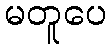
မတူပေ